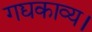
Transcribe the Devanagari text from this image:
गद्यकाव्य।